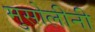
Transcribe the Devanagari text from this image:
मुसोलीनी